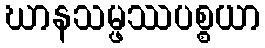
ဃာနသမ္ဖဿပစ္စယာ